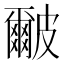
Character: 𭽹